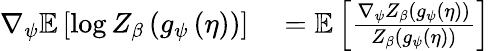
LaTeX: \begin{array}{rl}{\nabla_{\psi}\mathbb{E}\left[\log{Z_{\beta}\left(g_{\psi}\left(\eta\right)\right)}\right]}&{{}=\mathbb{E}\left[\frac{\nabla_{\psi}Z_{\beta}\left(g_{\psi}\left(\eta\right)\right)}{Z_{\beta}\left(g_{\psi}\left(\eta\right)\right)}\right]}\end{array}